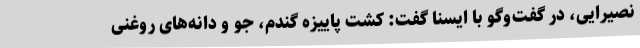
نصیرایی، در گفت‌وگو با ایسنا گفت: کشت پاییزه گندم، جو و دانه‌های روغنی